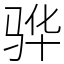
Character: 骅